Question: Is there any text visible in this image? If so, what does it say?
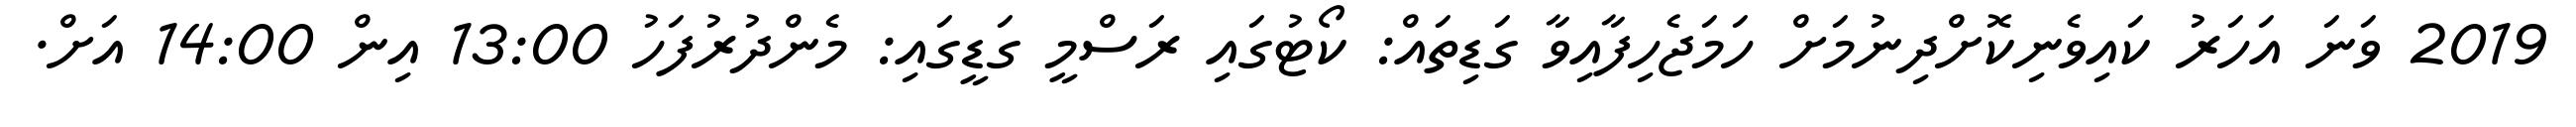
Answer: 2019 ވަނަ އަހަރު ކައިވެނިކޮށްދިނުމަށް ހަމަޖެހިފާއިވާ ގަޑިތައް: ކޯޓުގައި ރަސްމީ ގަޑީގައި: މެންދުރުފަހު 13:00 އިން 14:00 އަށް.